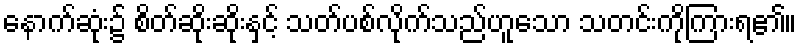
နောက်ဆုံး၌ စိတ်ဆိုးဆိုးနှင့် သတ်ပစ်လိုက်သည်ဟူသော သတင်းကိုကြားရ၏။